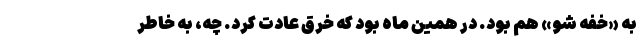
به «خفه شو» هم بود. در همین ماه بود که خرق عادت کرد. چه، به خاطر